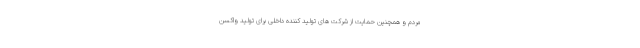
مردم و همچنین حمایت از شرکت های تولید کننده داخلی برای تولید واکسن